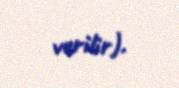
verilir).